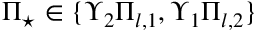
\Pi _ { \star } \in \{ \Upsilon _ { 2 } \Pi _ { l , 1 } , \Upsilon _ { 1 } \Pi _ { l , 2 } \}